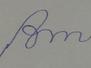
Signature authenticity: forged